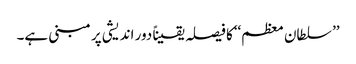
’’ سلطان معظم‘‘کا فیصلہ یقیناً دور اندیشی پر مبنی ہے۔